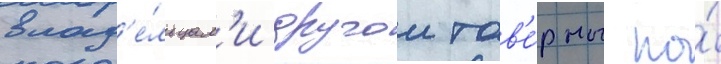
влад'е́льцам'и другои тав'е́рны по́